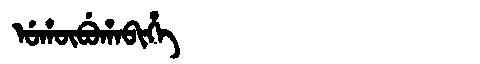
Manchu: ᡠᡥᡡᠪᡠᡥᠠᠪᡳᡥᡝ
Romanization: UHŪBUHABIHE